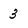
Character: 3